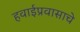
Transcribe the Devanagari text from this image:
हवाईप्रवासाचे